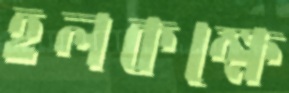
হলকক্ষে